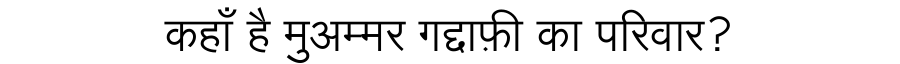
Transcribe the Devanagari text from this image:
कहाँ है मुअम्मर गद्दाफ़ी का परिवार?